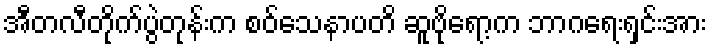
အီတလီတိုက်ပွဲတုန်းက စဝ်သေနာပတိ ဆူဗိုရော့က ဘာဂရေးရှင်းအား